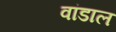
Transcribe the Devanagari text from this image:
वांडाल